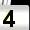
Digit: 4